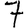
Digit: 7